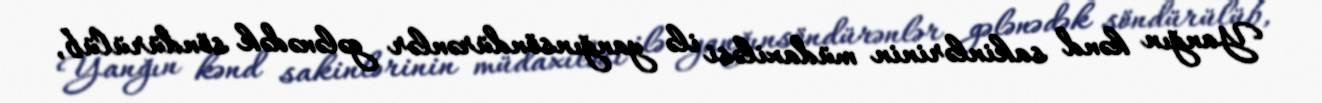
Yanğın kənd sakinlərinin müdaxiləsi ilə yanğınsöndürənlər gələnədək söndürülüb,